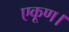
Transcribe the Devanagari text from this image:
एकूण।